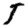
Digit: 5